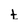
Character: t